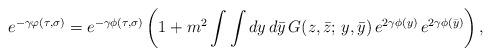
LaTeX: \begin{align*}e^{-\gamma\varphi(\tau,\sigma)}=e^{-\gamma\phi(\tau,\sigma)}\left(1+m^2\int\int dy\,d\bar y\,G(z,\bar z;\,y,\bar y)\,e^{2\gamma\phi(y)}\,e^{2\gamma\phi(\bar y)}\right),\end{align*}